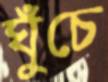
ঘুঁচে